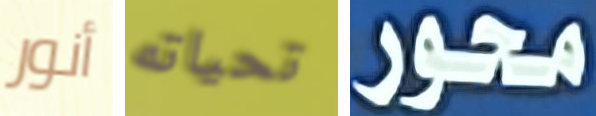
أنور تحياته محور